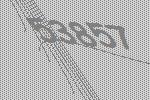
53857